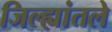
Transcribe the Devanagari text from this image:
जिल्ह्यांतले